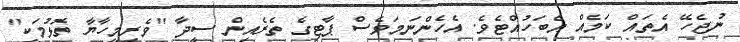
ނުޖެހޭ އެތައް ކަމެއް އެބަހުއްޓެވެ. އެހެންނަމަވެސް ޕާޓިގެ ތެރެއިން ސީދާ "ވެރިމީހާޔާ ތޮޅުމަކީ"